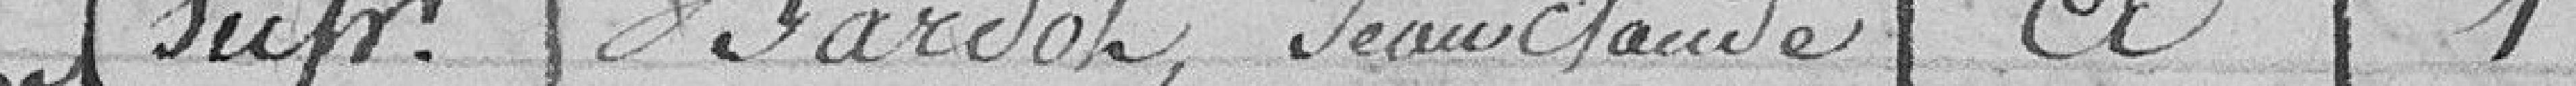
sup Bardon Jean Claude  A   1